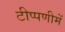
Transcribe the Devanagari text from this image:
टीप्‍पणीमें